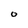
Character: O